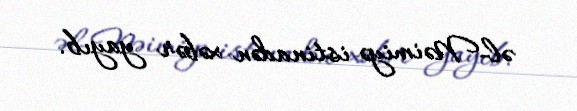
əl-Nəimiyə istinadən xəbər yayıb.